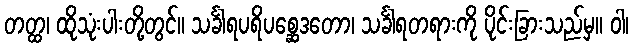
တတ္ထ၊ ထိုသုံးပါးတို့တွင်။ သင်္ခါရပရိပစ္ဆေဒတော၊ သင်္ခါရတရားကို ပိုင်းခြားသည်မှ။ ဝါ၊